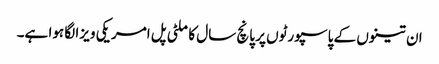
ان تینوں کے پاسپورٹوں پر پانچ سال کا ملٹی پل امریکی ویزا لگا ہوا ہے۔